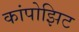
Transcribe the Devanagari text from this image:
कांपोझिट